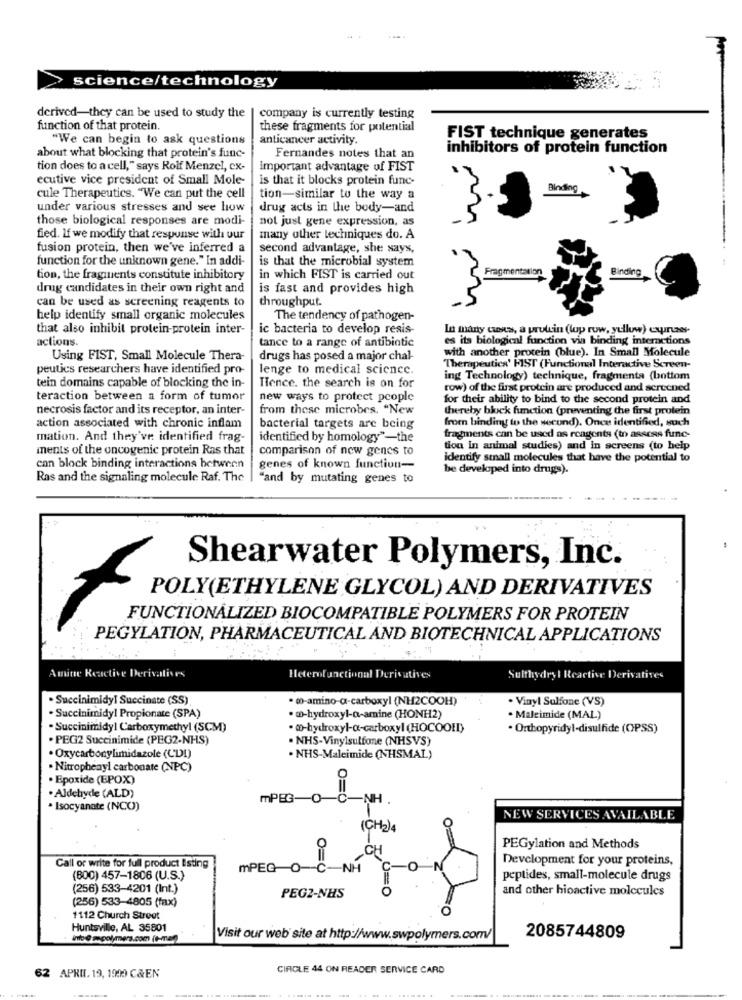
science/technology
derived-they can be used to study the
company is currently testing
function of that protein.
these fragments for potential
"We can begin to ask questions
anticancer activity.
FIST technique generates
inhibitors of protein function
about what blocking that protein's func-
Fernandes notes that an
tion does to a cell," says Roif Menzel, ex-
important advantage of FIST
ecutive vice president of Small Mole-
is that it blocks protein func-
Binding
cule Therapeutics. "We can put the cell
tion-similar to the way a
under various stresses and see how
drug acts in the body-and
those biological responses are modi-
not just gene expression, as
fied. If we modify that response with our
many other techniques do. A
fusion protein, then we've inferred a
second advantage, she says,
function for the unknown gene." In addi-
is that the microbial system
Binding
tion, the fragments constitute inhibitory
in which FIST is carried out
drug candidates in their own right and
is fast and provides high
can be used as screening reagents to
throughput.
help identify small organic molecules
The tendency of pathogen-
that also inhibit protein-protein inter-
ic bacteria to develop resis-
In many cases, a pruttin (lup row, yellow) curie-
actions.
tance to a range of antibiotic
es its biological function via binding interactions
with another protein (blue). In Small Molecule
Using FIST, Small Molecule Thera-
drugs has posed a major chal-
peutics researchers have identified pro-
lenge to medical science.
Therapeutics' FIST (Functional Interactive Screen-
ing Technology) technique, fragmenta (bottom
tein domains capable of blocking the in-
Hence. the search is on for
row) of the first protein are produced and screened
teraction between a form of tumor
new ways to protect people
for their ability to bind to the second protein and
necrosis factor and its receptor, an inter-
from these microbes. "New
thereby block function (preventing the first protein
from binding to the werund). Once identified, mach
action associated with chronic inflam
bacterial targets are being
mation. And they've identified frag-
identified by homology"-the
fragments can be used as reagents (to assess func-
ments of the oncogenic protein Ras that
comparison of new genes to
tion in animal studies) and in screens (to help
identify small molecules that have the potential to
can block binding interactions between
genes of known function-
be developed into drugs).
Ras and the signaling molecule Raf. The
"and by mutating genes to
Shearwater Polymers, Inc.
POLY(ETHYLENE GLYCOL) AND DERIVATIVES
FUNCTIONALIZED BIOCOMPATIBLE POLYMERS FOR PROTEIN
PEGYLATION, PHARMACEUTICAL AND BIOTECHNICAL APPLICATIONS
Amine Reactive Derivatives
Heterofunctional Derivatives
Sulthydry ! Reactive Derivatives
. Succinimidyl Succinate (SS)
· w-amino-a-carboxyl (NH2COOH)
. Vinyl Sulfone (VS)
. Succinimidyl Propionate (SPA)
. w-hydroxyl-a-amine (HONH2)
. Maleimide (MAL)
· Succinimidyl Carboxymethyl (SCM)
· @-hydroxyl-a-carboxyl (HOCOOED)
· Orthopyridyl-disulfide (OPSS)
. PEG2 Succinimide (PEG2-NHS)
. NHS-Vinylsulfone (NHSVS)
· Oxycarbonylimidazole (CDI)
. NHS-Maleimide (NHSMAL)
· Nitrophenyl carbonate (NPC)
. Epoxide (EPOX)
· Aldehyde (ALD)
mPEG-
O=0
NH
· Isocyanate (NCO)
NEW SERVICES AVAILABLE
(CH2)4
PEGylation and Methods
Development for your proteins,
Call or write for full product listing
mPEG-O-
O=0
NH
(800) 457-1806 (U.S.)
peptides, small-molecule drugs
(256) 533-4201 (Int.)
O=0
and other hioactive molecules
(256) 533-4805 (fax)
PEG2-NHS
1112 Church Street
Huntsville, AL 35801
info @ mpolymers.com (t-man)
Visit our web site at http://www.swpolymers.com/
2085744809
CIRCLE 44 ON READER SERVICE CARD
62 APRIL. 19, 1900 C&EN